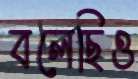
বলেছিও